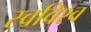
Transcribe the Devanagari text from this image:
स्वविश्व